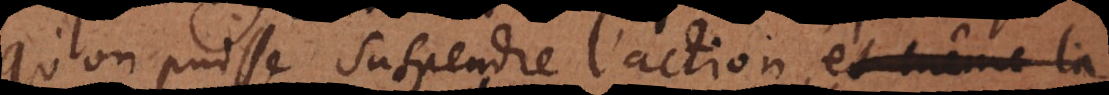
qu’on puisse suspendre l’action et même la